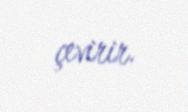
çevirir.